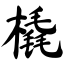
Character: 橇